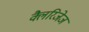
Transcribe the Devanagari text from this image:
क्लैरिजेज